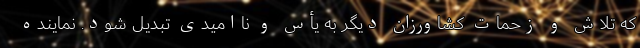
که تلاش و زحمات کشاورزان دیگر به یأس و ناامیدی تبدیل شود. نماینده